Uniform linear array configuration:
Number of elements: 32
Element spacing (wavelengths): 1
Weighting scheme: uniform
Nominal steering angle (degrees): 60
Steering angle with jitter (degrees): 61.674
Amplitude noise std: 0.05
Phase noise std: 0.05

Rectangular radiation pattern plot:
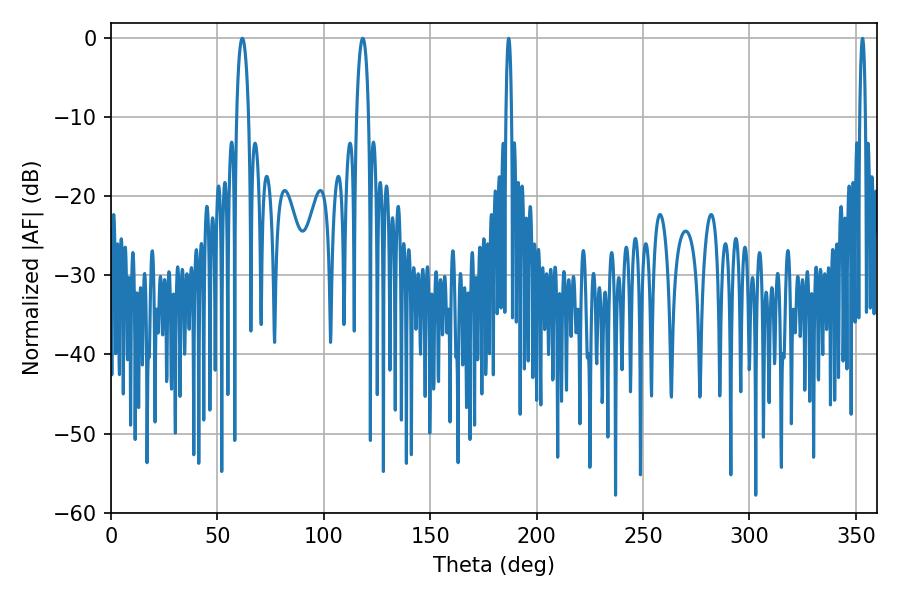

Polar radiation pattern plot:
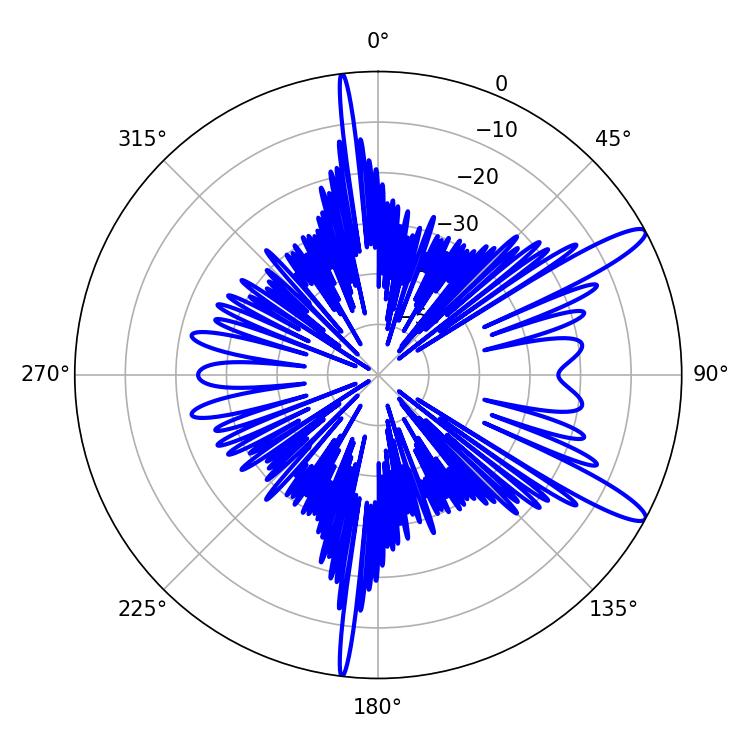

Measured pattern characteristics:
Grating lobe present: TRUE
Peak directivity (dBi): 12.674
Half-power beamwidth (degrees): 3.24
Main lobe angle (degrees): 61.74